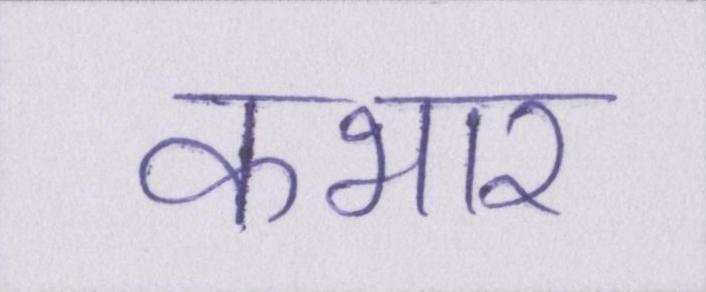
कभार